Eesti_Vabariigi_Tartu_Ulikool, lk 40
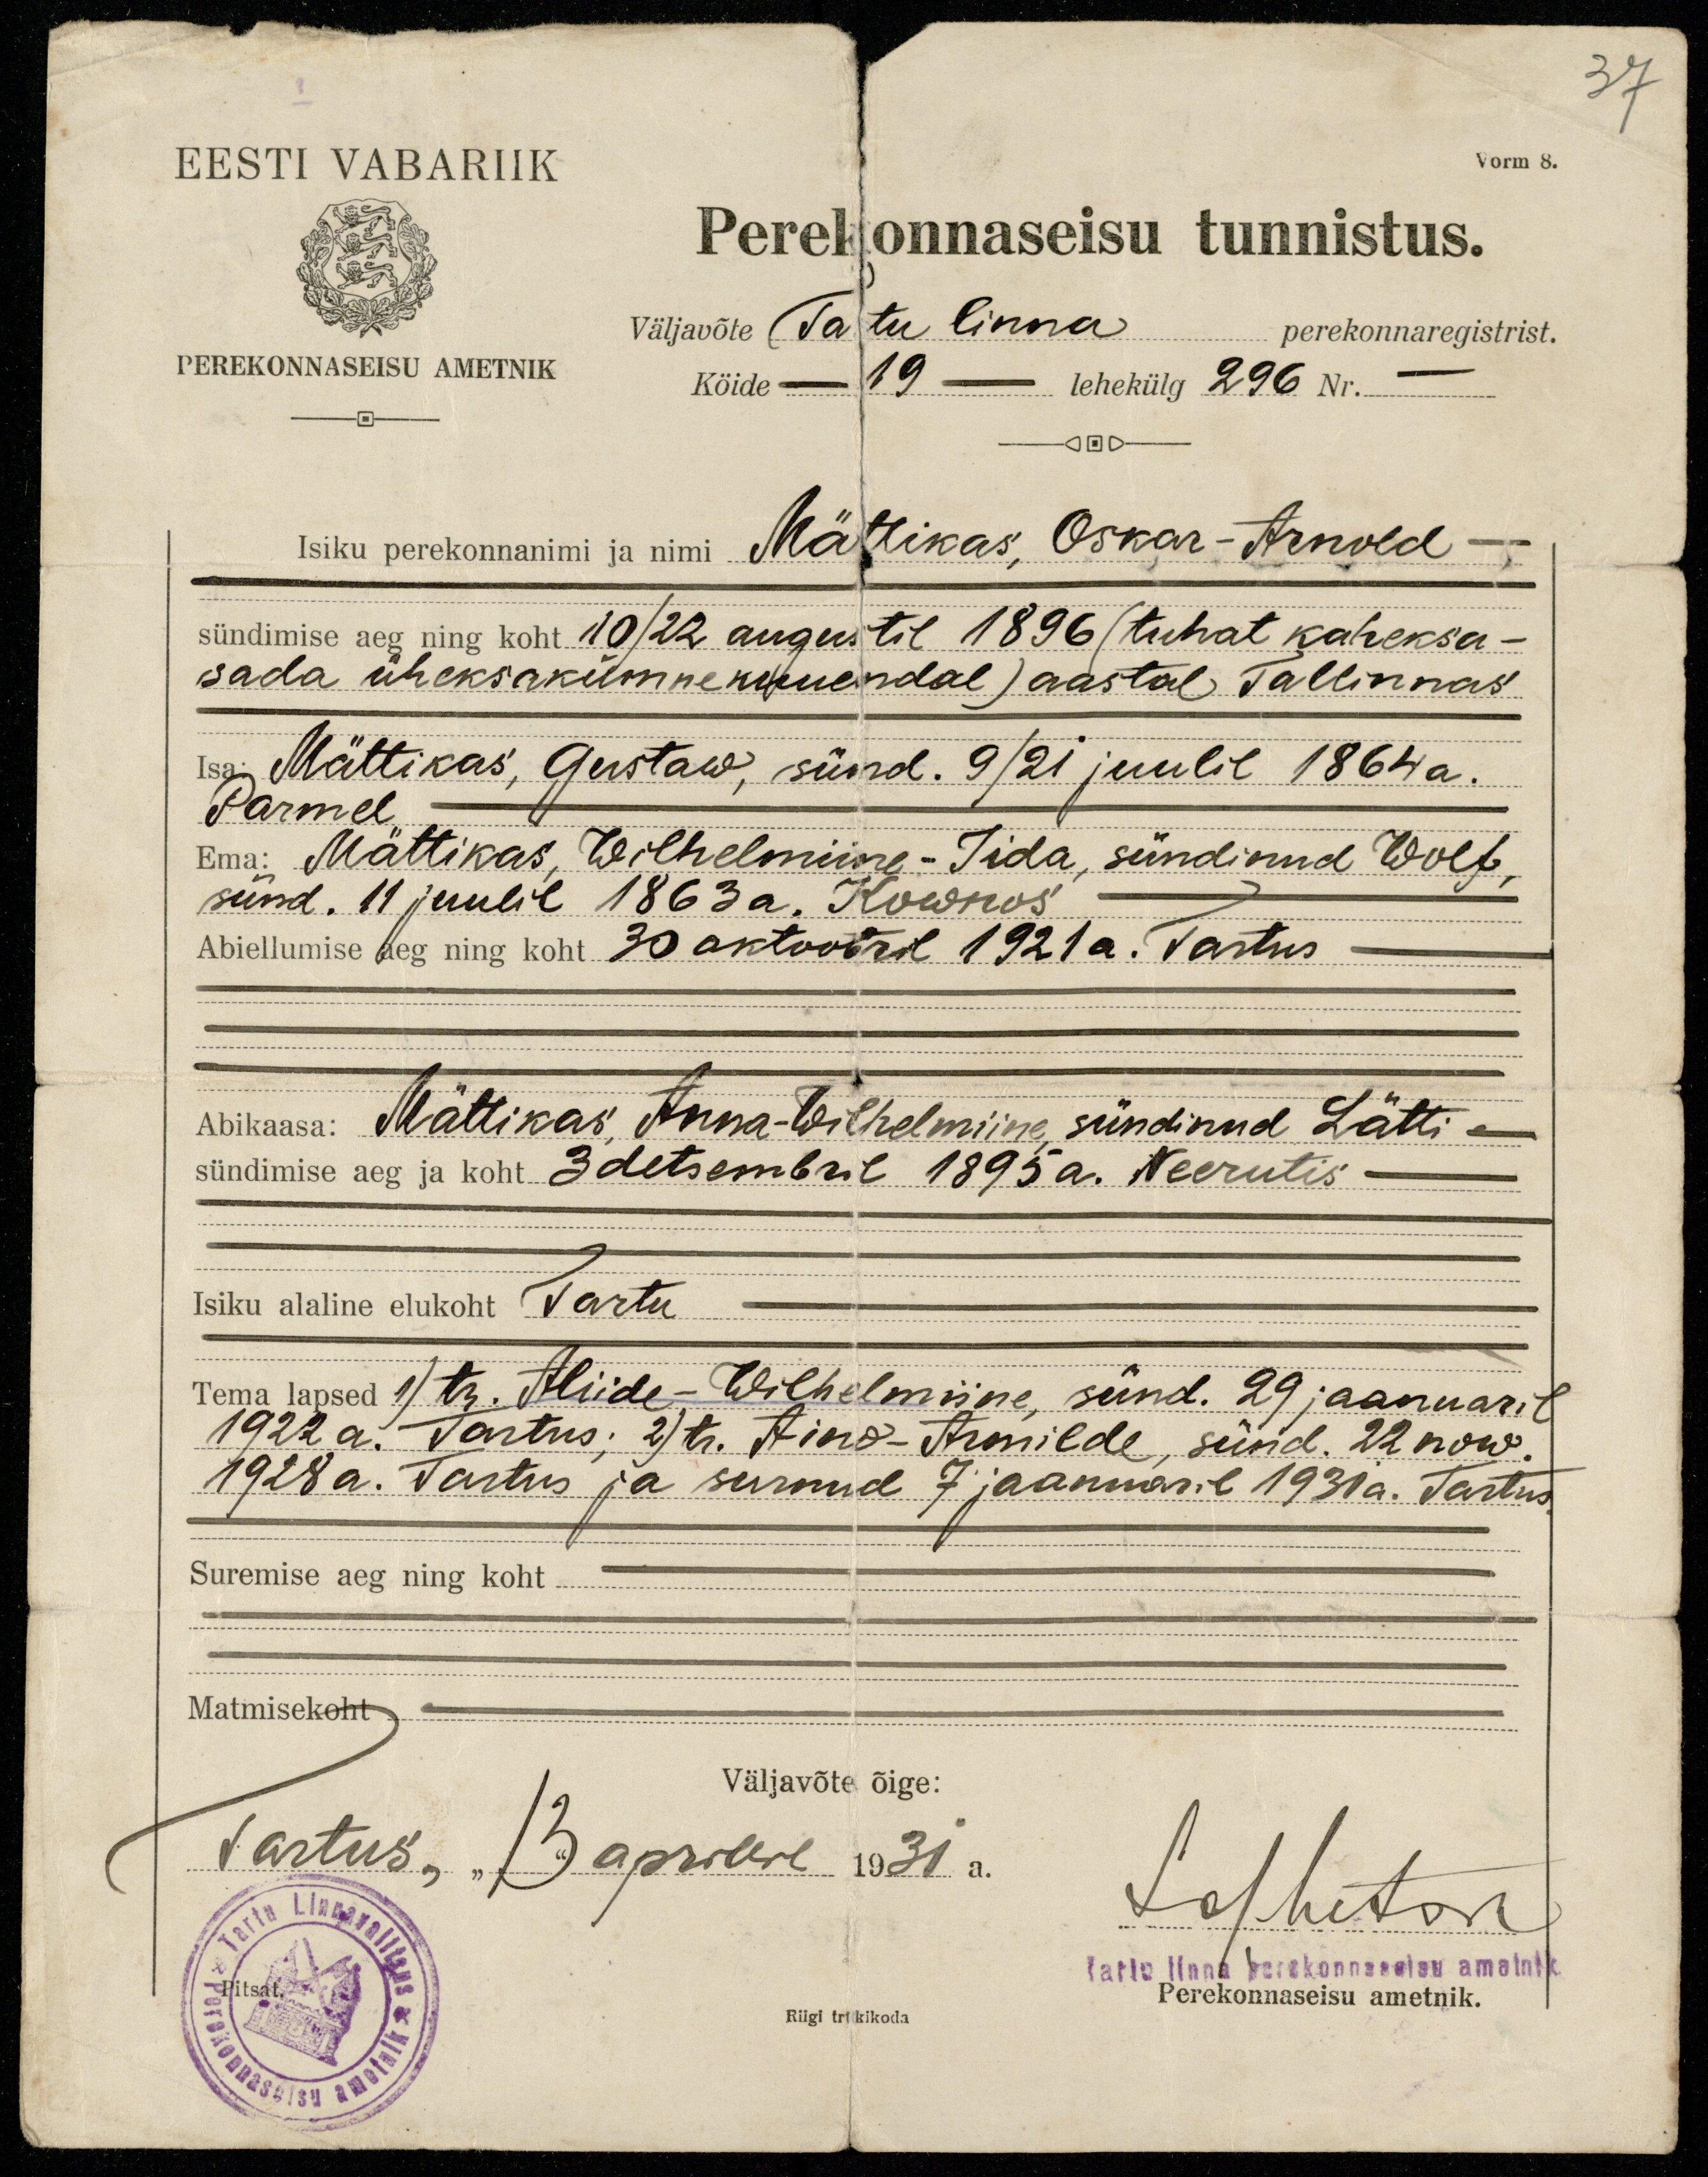
37

EESTI VABARIIK
Vorm 8.
Perekonnaseisu tunnistus.
Väljavõte Tartu linna perekonnaregistrist.
PEREKONNASEISU AMETNIK
Kõide 19 lehekülg 296 Nr. -
Isiku perekonnanimi ja nimi Mättikas, Oskar - Arnold -
sündimise aeg ning koht 10/22 augustil 1896 (tuhat kaheksa-
sada üheksakümnekuuendal) aastal Tallinnas
Isa Mättikas, Gustaw, sünd. 9/21 juulil 1864a.
Parmel
Ema: Mättikas, Wilhelmiine - Iida, sündinud Wolf,
sünd. 11 juulil 1863 a. Kownos
Abiellumise aeg ning koht 30 oktoobril 1921 a. Tartus
Abikaasa: Mättikas, Anna-Wilhelmiine, sündinud Lätti
sündimise aeg ja koht 3 detsembril 1895a. Neerutis
Isiku alaline elukoht Tartu
Tema lapsed 1/ tr. Aliide-Wilhelmiine, sünd. 29 jaanuaril
1922 a. Tartus; 2) tr. Aino-Armilde, sünd. 22 now.
1928 a. Tartus ja surnud 7 jaanuaril 1931a. Tartus
Suremise aeg ning koht
Matmisekoht
Väljavõte õige:
Tartus "13" aprillil 1931a.
Loehetori
Tartu linna perekonnaseisu ametnik
Pitsat.
Riigi trikikoda
Perekonnaseisu ametnik.